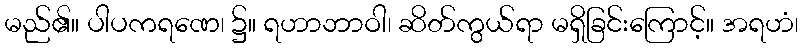
မည်၏။ ပါပကရဏေ၊ ၌။ ရဟာဘာဝါ၊ ဆိတ်ကွယ်ရာ မရှိခြင်းကြောင့်။ အရဟံ၊